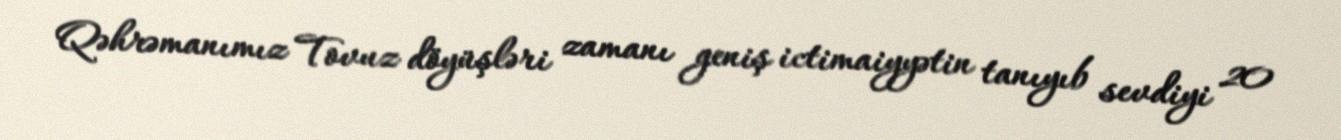
Qəhrəmanımız Tovuz döyüşləri zamanı geniş ictimaiyyətin tanıyıb sevdiyi 20